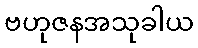
ဗဟုဇနအသုခါယ